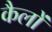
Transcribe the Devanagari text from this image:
कैलों